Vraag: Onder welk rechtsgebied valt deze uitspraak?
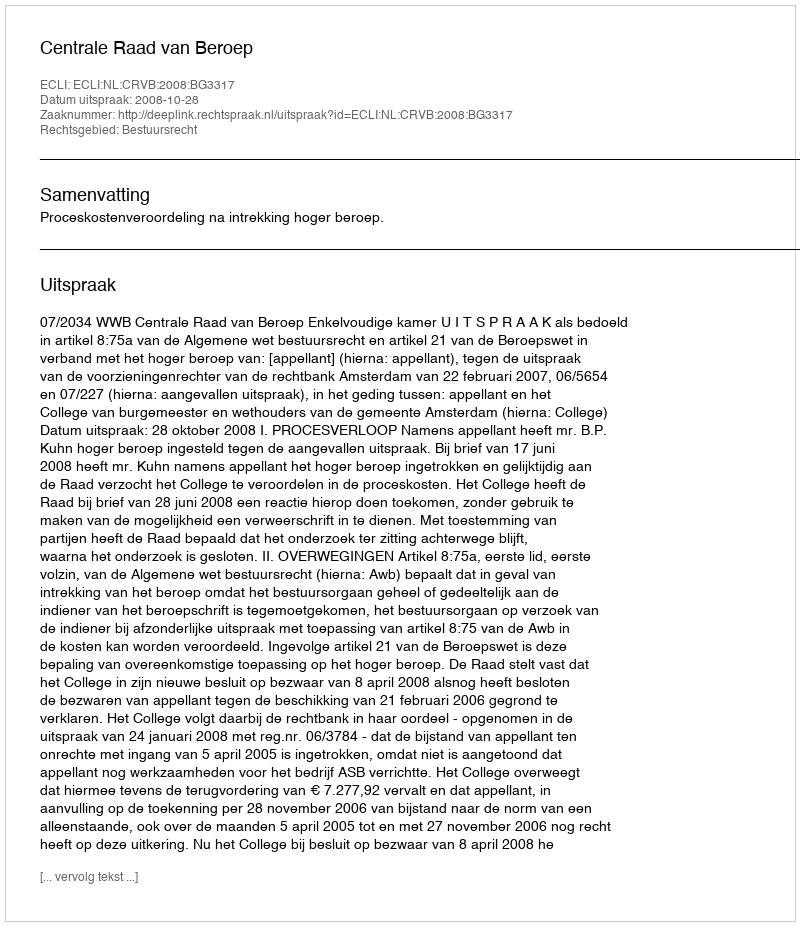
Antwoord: Bestuursrecht